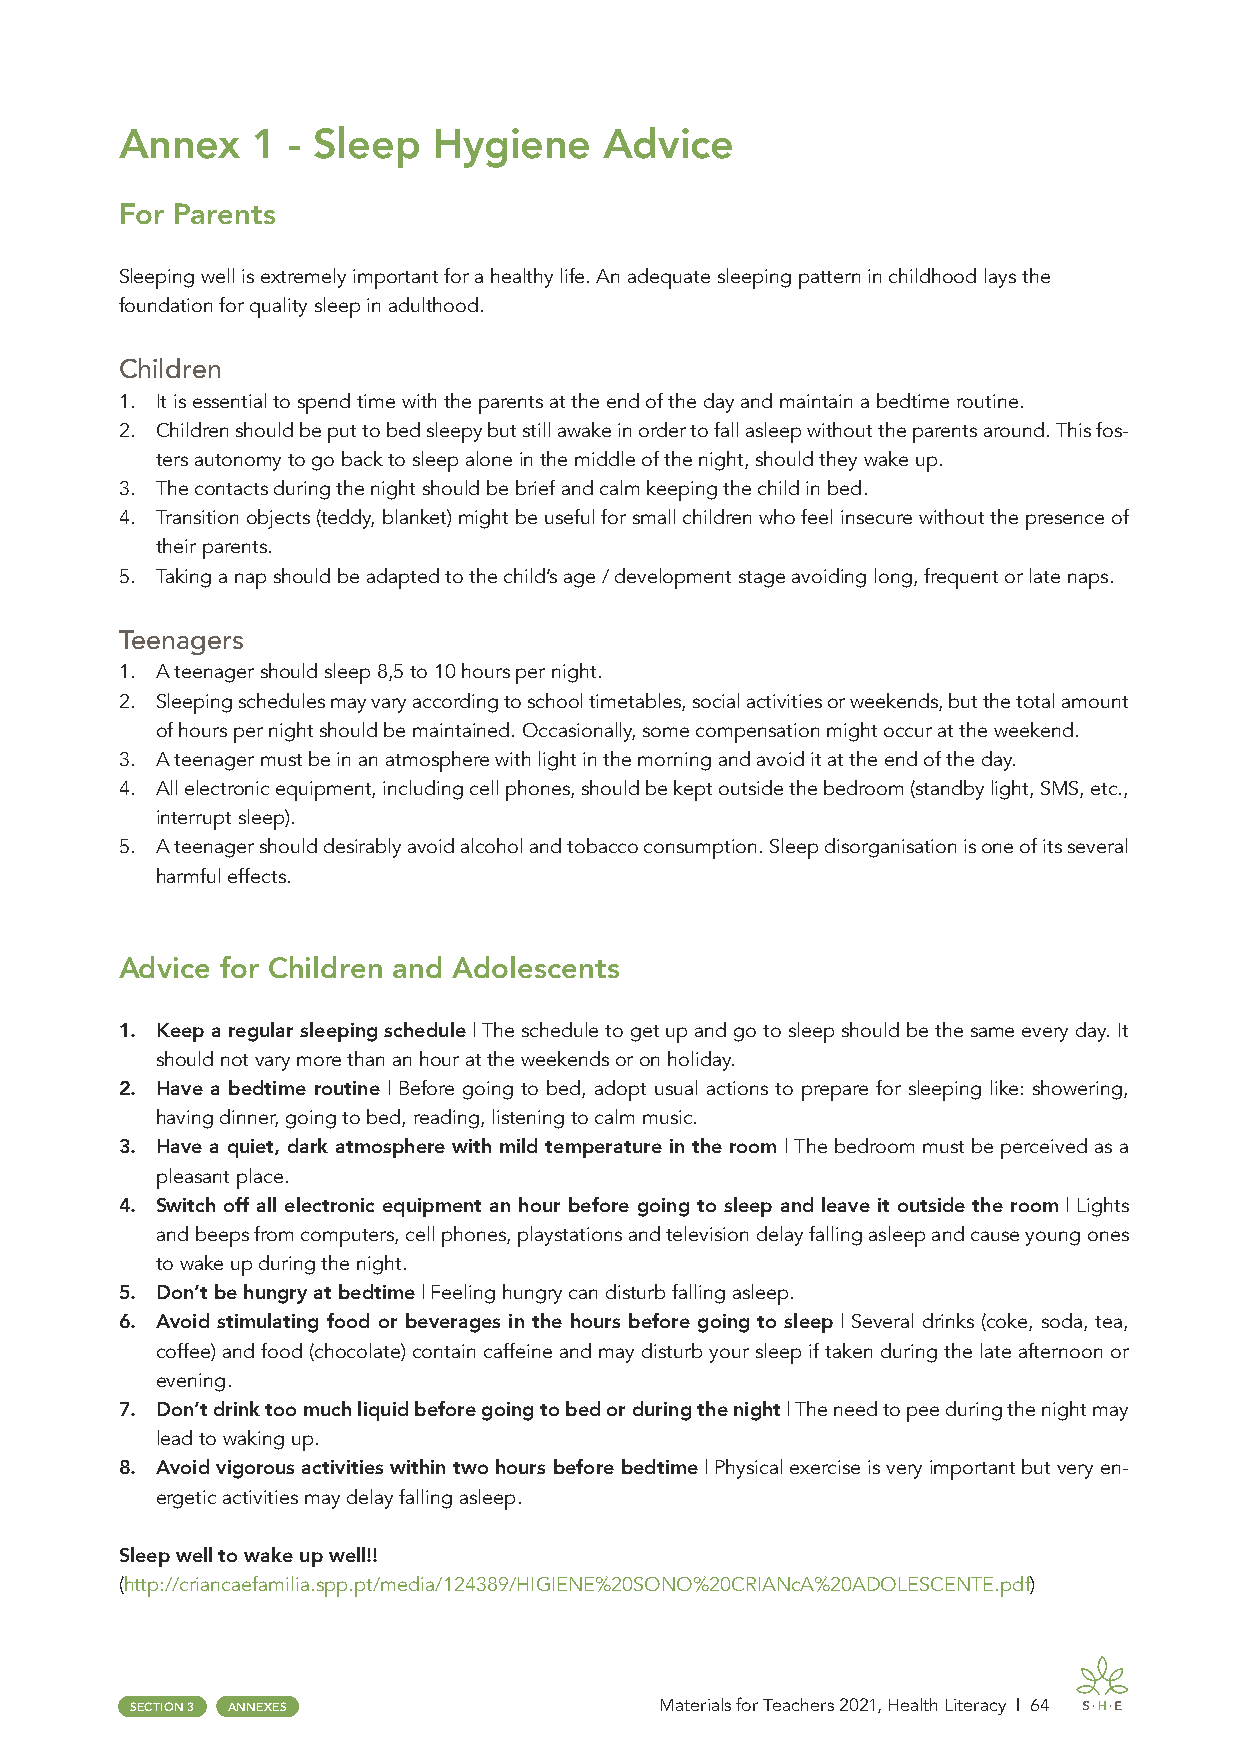
Annex    1 - Sleep   Hygiene    Advice
 For Parents
 Sleeping well is extremely important for a healthy life. An adequate sleeping pattern in childhood lays the
 foundation for quality sleep in adulthood.
 Children
 1. It is essential to spend time with the parents at the end of the day and maintain a bedtime routine.
 2. Children should be put to bed sleepy but still awake in order to fall asleep without the parents around. This fos-
 ters autonomy to go back to sleep alone in the middle of the night, should they wake up.
 3. The contacts during the night should be brief and calm keeping the child in bed.
 4. Transition objects (teddy, blanket) might be useful for small children who feel insecure without the presence of
 their parents.
 5. Taking a nap should be adapted to the child’s age / development stage avoiding long, frequent or late naps.
 Teenagers
 1. A teenager should sleep 8,5 to 10 hours per night.
 2. Sleeping schedules may vary according to school timetables, social activities or weekends, but the total amount
 of hours per night should be maintained. Occasionally, some compensation might occur at the weekend.
 3. A teenager must be in an atmosphere with light in the morning and avoid it at the end of the day.
 4. All electronic equipment, including cell phones, should be kept outside the bedroom (standby light, SMS, etc.,
 interrupt sleep).
 5. A teenager should desirably avoid alcohol and tobacco consumption. Sleep disorganisation is one of its several
 harmful effects.
 Advice for Children and Adolescents
 1. Keep a regular sleeping schedule | The schedule to get up and go to sleep should be the same every day. It
 should not vary more than an hour at the weekends or on holiday.
 2. Have a bedtime routine | Before going to bed, adopt usual actions to prepare for sleeping like: showering,
 having dinner, going to bed, reading, listening to calm music.
 3. Have a quiet, dark atmosphere with mild temperature in the room | The bedroom must be perceived as a
 pleasant place.
 4. Switch off all electronic equipment an hour before going to sleep and leave it outside the room | Lights
 and beeps from computers, cell phones, playstations and television delay falling asleep and cause young ones
 to wake up during the night.
 5. Don’t be hungry at bedtime | Feeling hungry can disturb falling asleep.
 6. Avoid stimulating food or beverages in the hours before going to sleep | Several drinks (coke, soda, tea,
 coffee) and food (chocolate) contain caffeine and may disturb your sleep if taken during the late afternoon or
 evening.
 7. Don’t drink too much liquid before going to bed or during the night | The need to pee during the night may
 lead to waking up.
 8. Avoid vigorous activities within two hours before bedtime | Physical exercise is very important but very en-
 ergetic activities may delay falling asleep.
 Sleep well to wake up well!!
 (http://criancaefamilia.spp.pt/media/124389/HIGIENE%20SONO%20CRIANcA%20ADOLESCENTE.pdf)
 SECTION 3 ANNEXES                  Materials for Teachers 2021, Health Literacy | 64